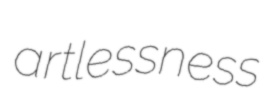
artlessness